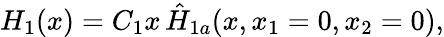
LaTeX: H_{1}(x)=C_{1}x\, \hat{H}_{1a}(x,x_{1}=0,x_{2}=0),